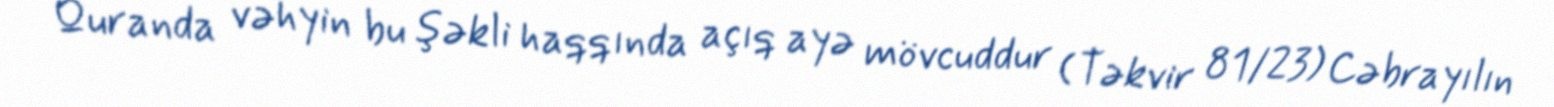
Quranda vəhyin bu şəkli haqqında açıq ayə mövcuddur (Təkvir 81/23) Cəbrayılın